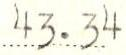
43.34